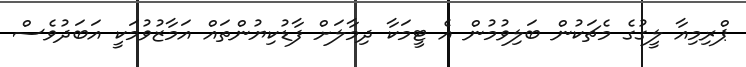
ޕްރިމިއާ ލީގުގެ މެޗަކުން ބަލިވުމުން އެ ޓީމަކާ ދިމާލަށް ފާޑުކިޔުންތައް އަމާޒުވުމަކީ އަބަދުވެސް